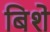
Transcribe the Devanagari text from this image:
बिशे